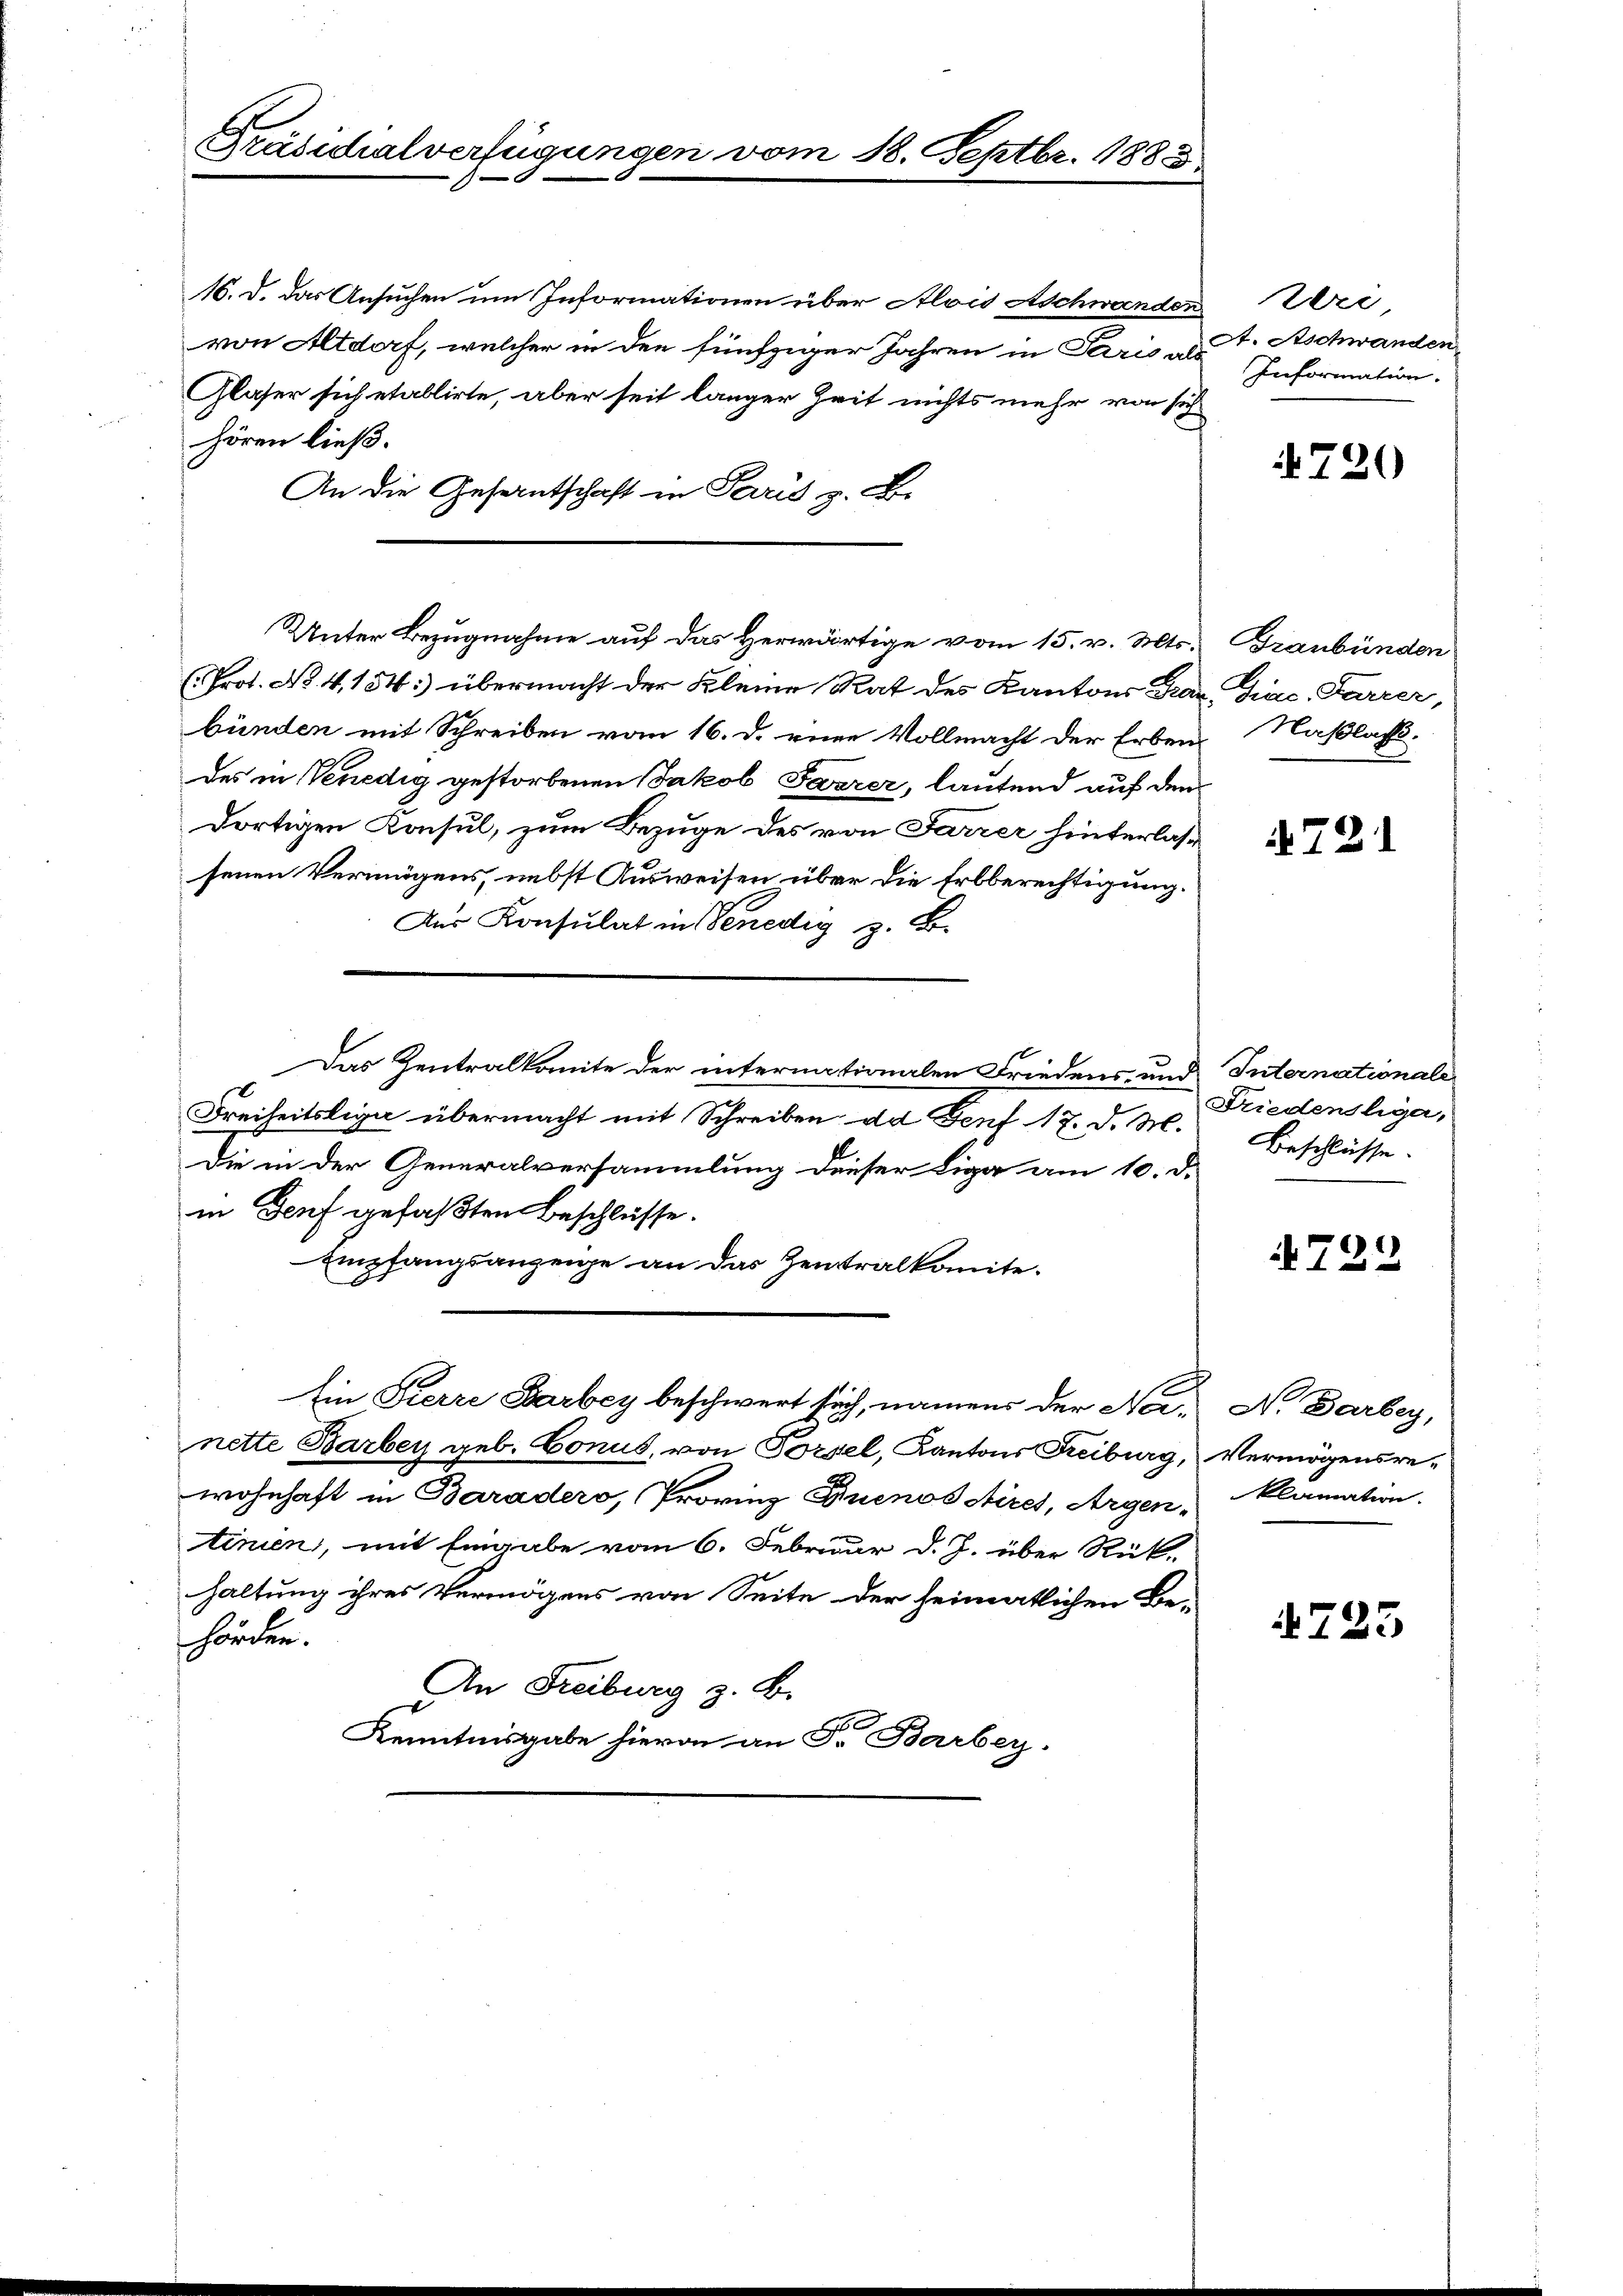
Präsidialverfügungen vom 18. Septbr. 1883.

16. d. das Ansuchen um Informationen über Alois Aschwanden
von Altdorf, welcher in den fünfziger Jahren in Paris als
Glaser sich etablirte, aber seit langer Zeit nichts mehr von sich
hören ließ.
An die Gesantschaft in Paris z. B.
Unter Bezugnahme auf das Herwärtige vom 15. v. Mts.
(Prot. No. 4, 154:) übermacht der Kleine Rat des Kantons Frau Giac, Farrer,
bünden mit Schreiben vom 16. d. eine Vollmacht der Erben Naßlachs
des in Venedig gestorbenen Jakob Forrer, lautend auf den
dortigen Konsul, zum Bezüge des von Farzer hinterlassenen Vermögens, nebst Ausweisen über die Erbberechtigung.
Aus Konsulat in Venedig z. B.
Das Zentralkomite der internationalen Friedens- und Internationale
Freiheitslige übermacht mit Schreiben, da Genf 17. d. M.
Die in der Generalversammlung dieser Liga am 10. d.
in Genf gefaßten Beschlüsse.
Empfangsanzeige an das Zentralkomite.
Ein Pierre Barbey beschwert sich, namens der Nei- N. Barbey,
nette Barbey geb. Conus, von Forsel, Kantons Freiburg, Vermögensrewohnhaft in Baradero, Provinz Buenos Aires, Argen, klamation.
tinien, mit Eingabe vom 6. Februar d. J. über Rück-
haltung ihres Vermögens von Seite der heimatlichen Be-
hörden.
An Freiburg z. B.
Kenntnisgabe hievon an Fr. Barbey,

zer,
At. Aschwanden
Information.

720

Graubünden

A 721

Friedenshya,
Beschlüsse.

4723

725